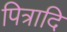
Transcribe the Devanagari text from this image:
पित्रादि